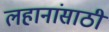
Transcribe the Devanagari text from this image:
लहानांसाठी